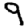
Digit: 9